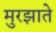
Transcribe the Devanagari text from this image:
मुरझाते